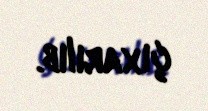
çıxarılıb.